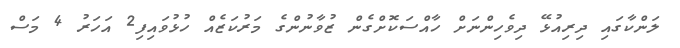
ލަންކާގައި ދިރިއުޅޭ ދިވެހިންނަށް ހާއްސަކޮށްގެން ޒުވާނުންގެ މަރުކަޒެއް ހުޅުވައިފި2 އަހަރު 4 މަސް